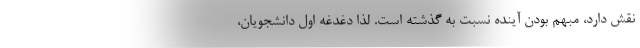
نقش دارد، مبهم بودن آینده نسبت به گذشته است. لذا دغدغه اول دانشجویان،